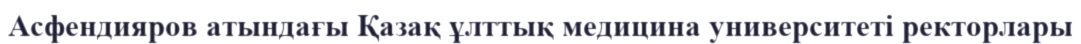
Асфендияров атындағы Қазақ ұлттық медицина университеті ректорлары